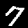
Label: 7